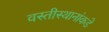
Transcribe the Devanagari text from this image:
वस्तीस्थानांकडे